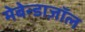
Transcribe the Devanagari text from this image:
मेबेन्डाज़ॉल